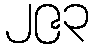
၂၉၃